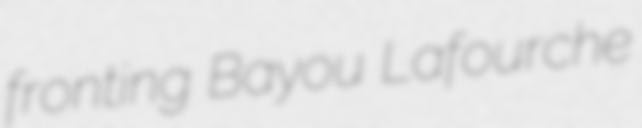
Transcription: fronting Bayou Lafourche